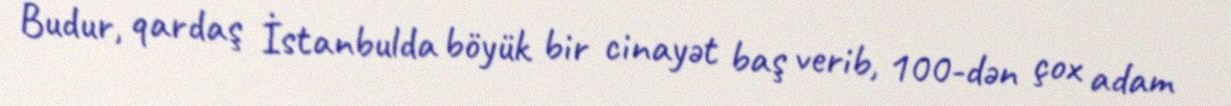
Budur, qardaş İstanbulda böyük bir cinayət baş verib, 100-dən çox adam